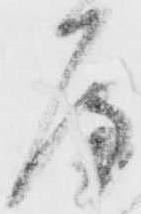
屋